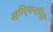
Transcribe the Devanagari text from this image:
ख्रिश्चनांनिही